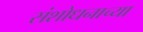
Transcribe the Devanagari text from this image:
संशोधनाच्‍या